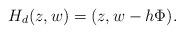
LaTeX: \begin{align*}H_d (z, w) = (z, w- h \Phi) .\end{align*}